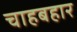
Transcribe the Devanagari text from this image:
चाहबहार